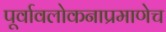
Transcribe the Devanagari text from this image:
पूर्वावलोकनाप्रमाणेच